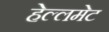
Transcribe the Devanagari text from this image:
हेल्लमेट